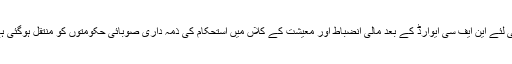
اسی لئے این ایف سی ایوارڈ کے بعد مالی انضباط اور معیشت کے کلاں میں استحکام کی ذمہ داری صوبائی حکومتوں کو منتقل ہوگئی ہے۔